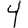
Digit: 4